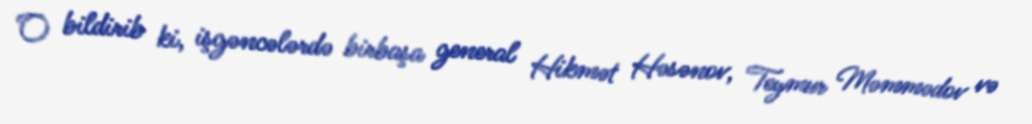
O bildirib ki, işgəncələrdə birbaşa general Hikmət Həsənov, Teymur Məmmədov və